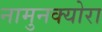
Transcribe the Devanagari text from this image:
नामुनक्योरा